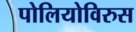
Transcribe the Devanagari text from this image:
पोलियोविरुस